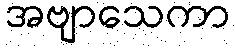
အဗျာသေကာ